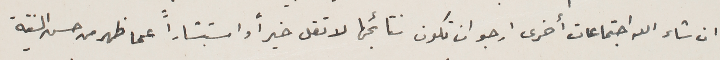
ان شاء الله اجتماعات أخرى ارجو ان تكون نتائجها لا تقل خيراً واستبشاراً عما ظهر من حسن النيّة